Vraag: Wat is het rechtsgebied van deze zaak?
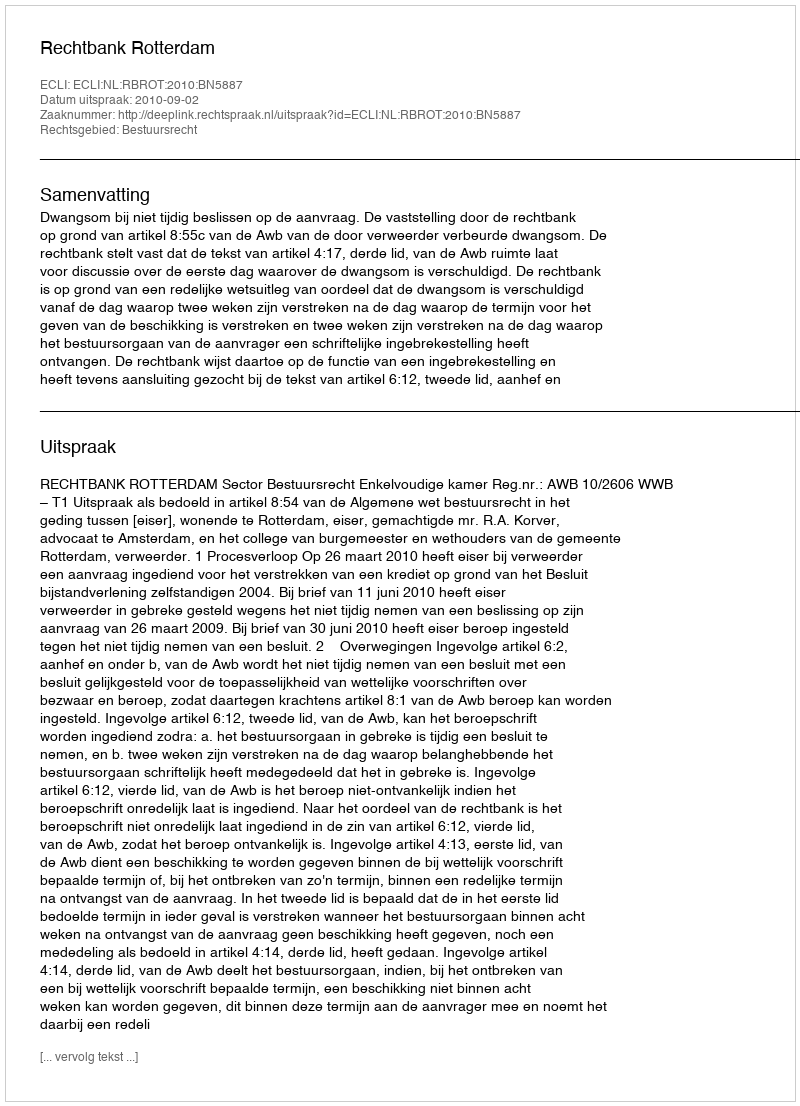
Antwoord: Bestuursrecht